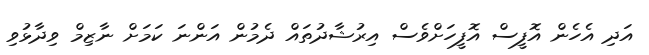
އަދި އެހެން އޮފީސް އޮފީހަށްވެސް އިރުޝާދުތައް ދެމުން އަންނަ ކަމަށް ނާޒިމް ވިދާޅުވި